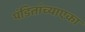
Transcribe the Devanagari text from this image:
पंडितांच्याएका